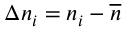
\Delta n _ { i } = n _ { i } - \overline { { n } }